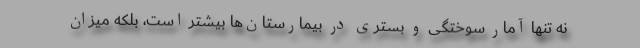
نه تنها آمار سوختگی و بستری در بیمارستان‌ها بیشتر است، بلکه میزان